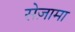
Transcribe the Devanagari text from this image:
सेज़ामा